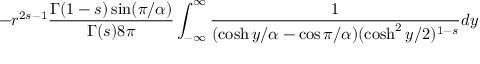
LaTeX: - r ^ { 2 s - 1 } { \frac { \Gamma ( 1 - s ) \sin ( \pi / \alpha ) } { \Gamma ( s ) 8 \pi } } \int _ { - \infty } ^ { \infty } { \frac { 1 } { ( \cosh y / \alpha - \cos \pi / \alpha ) ( \cosh ^ { 2 } y / 2 ) ^ { 1 - s } } } d y